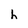
Character: h